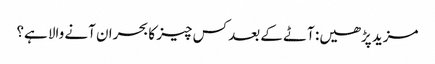
مزید پڑھیں: آٹے کے بعد کس چیز کا بحران آنے والا ہے؟